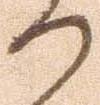
の